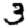
Digit: 3